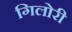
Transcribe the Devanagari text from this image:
गिलोरी